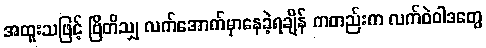
အထူးသဖြင့် ဗြိတိသျှ လက်အောက်မှာနေခဲ့ရချိန် ကတည်းက လက်ဝဲဝါဒတွေ